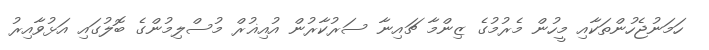
ހަމަނުޖެހުންތަކާއި މީހުން މެރުމުގެ ޒިންމާ ޗައިނާ ސަރުކާރުން އުއިޣުރް މުސްލިމުންގެ ބޮލުގައި އަޅުވާއިރު